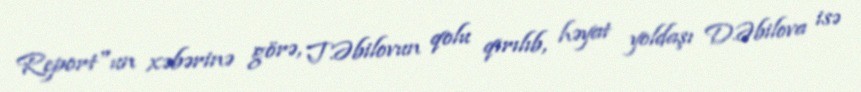
Report"un xəbərinə görə, T.Əbilovun qolu qırılıb, həyat yoldaşı D.Əbilova isə